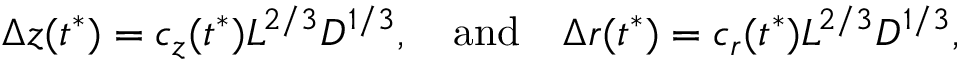
\Delta z ( t ^ { * } ) = c _ { z } ( t ^ { * } ) L ^ { 2 / 3 } D ^ { 1 / 3 } , \ \ \ \mathrm { a n d } \ \ \ \Delta r ( t ^ { * } ) = c _ { r } ( t ^ { * } ) L ^ { 2 / 3 } D ^ { 1 / 3 } ,